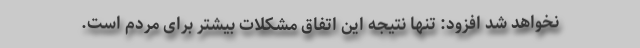
نخواهد شد افزود: تنها نتیجه این اتفاق مشکلات بیشتر برای مردم است.